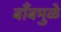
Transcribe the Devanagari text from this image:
बाँबमुळे